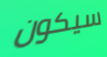
سيكون